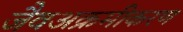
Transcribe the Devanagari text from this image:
जैवअक्रमीकरण